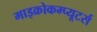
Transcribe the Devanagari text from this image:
माइक्रोकम्प्यूटर्स